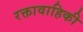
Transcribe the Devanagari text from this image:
रक्तावाहिकी